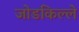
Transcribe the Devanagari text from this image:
जोडकिल्ले